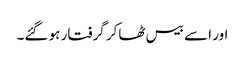
اور اسے بیس ٹھاکر گرفتار ہو گئے۔